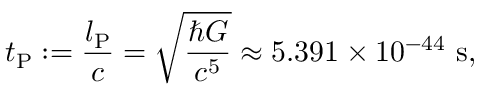
t _ { \mathrm { P } } : = \frac { l _ { \mathrm { P } } } { c } = \sqrt { \frac { \hbar G } { c ^ { 5 } } } \approx 5 . 3 9 1 \times 1 0 ^ { - 4 4 } \ \mathrm { s } ,